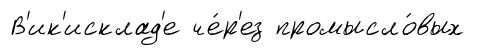
В'ик'исклад'е че́р'ез промысло́вых